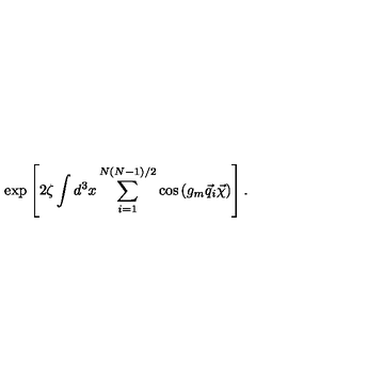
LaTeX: \exp \left[ 2 \zeta \int d ^ { 3 } x \sum _ { i = 1 } ^ { N ( N - 1 ) / 2 } \cos \left( g _ { m } \vec { q } _ { i } \vec { \chi } \right) \right] .